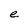
Character: e